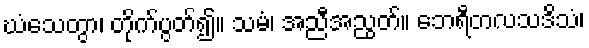
ဃံသေတွာ၊ တိုက်ပွတ်၍။ သမံ၊ အညီအညွတ်။ ဘေရီတလသဒိသံ၊